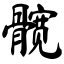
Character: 髋